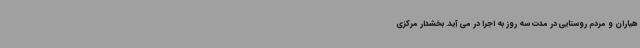
هیاران و مردم روستایی در مدت سه روز به اجرا در می آید. بخشدار مرکزی